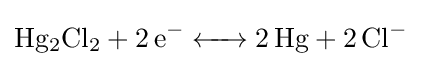
{\ce {Hg2Cl2 + 2e^- <-> 2Hg + 2Cl^-}}